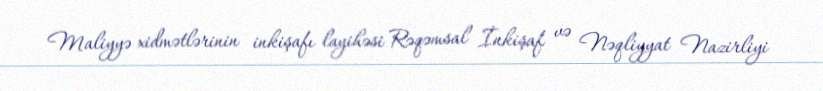
Maliyyə xidmətlərinin inkişafı layihəsi Rəqəmsal İnkişaf və Nəqliyyat Nazirliyi